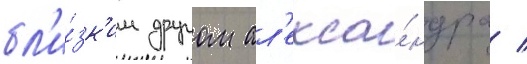
бл'и́зк'им другом ал'екса́ндра /